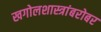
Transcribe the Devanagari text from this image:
खगोलशास्त्रांबरोबर